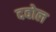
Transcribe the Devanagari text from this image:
दवोल